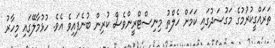
ތަރައްގީކުރުމުގެ މަގުސަދުގައި ކަމަށް ހެލްތު މިނިސްޓްރީންވެސް ކުރިން ބުނެފައިވެ އެވެ. ހުޅުމާލޭގައި މިހާރު